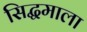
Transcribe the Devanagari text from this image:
सिद्धमाला